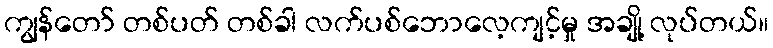
ကျွန်တော် တစ်ပတ် တစ်ခါ လက်ပစ်ဘောလေ့ကျင့်မှု အချို့ လုပ်တယ်။